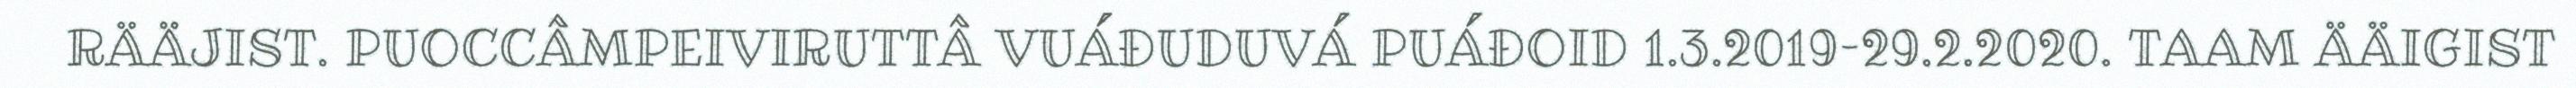
RÄÄJIST. PUOCCÂMPEIVIRUTTÂ VUÁĐUDUVÁ PUÁĐOID 1.3.2019–29.2.2020. TAAM ÄÄIGIST